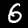
Digit: 6